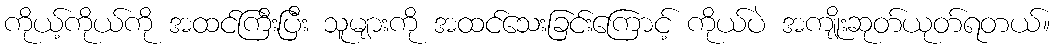
ကိုယ့်ကိုယ်ကို အထင်ကြီးပြီး သူများကို အထင်သေးခြင်းကြောင့် ကိုယ်ပဲ အကျိုးဆုတ်ယုတ်ရတယ်။